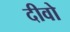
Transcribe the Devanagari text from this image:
दीवो